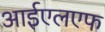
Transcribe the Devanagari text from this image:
आईएलएफ